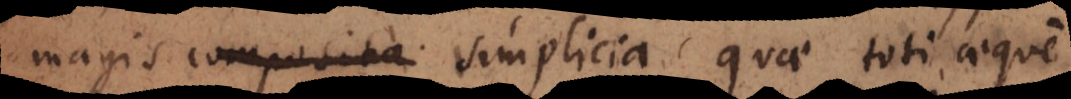
magis composita simplicia, quae toti aeque